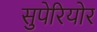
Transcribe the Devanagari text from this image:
सुपेरियोर